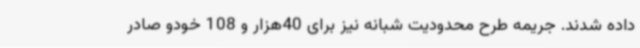
داده شدند. جریمه طرح محدودیت شبانه نیز برای 40هزار و 108 خودو صادر